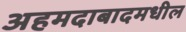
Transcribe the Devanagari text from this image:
अहमदाबादमधील